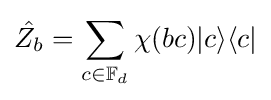
{\hat {Z_{b}}}=\sum _{c\in \mathbb {F} _{d}}\chi (bc)|c\rangle \langle c|